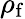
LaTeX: \rho_{\mathrm{f}}